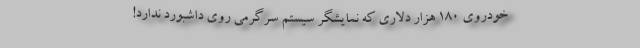
خودروی 180 هزار دلاری که نمایشگر سیستم سرگرمی روی داشبورد ندارد!